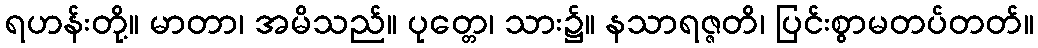
ရဟန်းတို့။ မာတာ၊ အမိသည်။ ပုတ္တေ၊ သား၌။ နသာရဇ္ဇတိ၊ ပြင်းစွာမတပ်တတ်။